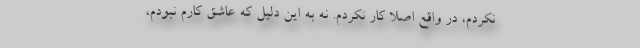
نکردم، در واقع اصلا کار نکردم. نه به این دلیل که عاشق کارم نبودم،